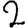
Digit: 2